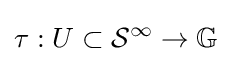
\tau :U\subset {\mathcal {S}}^{\infty }\to \mathbb {G}